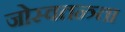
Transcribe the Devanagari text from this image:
जोस्वतन्त्र्ता